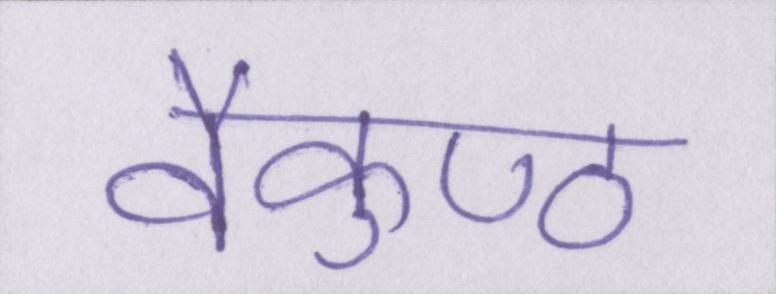
वैकुण्ठ